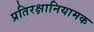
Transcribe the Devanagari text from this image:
प्रतिरक्षानियामक